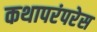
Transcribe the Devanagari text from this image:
कथापरंपरेस